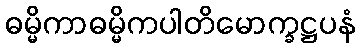
ဓမ္မိကာဓမ္မိကပါတိမောက္ခဋ္ဌပနံ